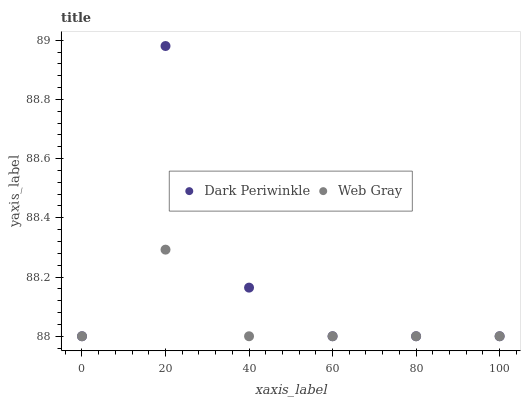
| xaxis_label | Dark Periwinkle | Web Gray |
 | --- | --- | --- |
 | 0 | 88 | 88 |
 | 20 | 89 | 88.3 |
 | 40 | 88.2 | 88 |
 | 60 | 88 | 88 |
 | 80 | 88 | 88 |
 | 100 | 88 | 88 |